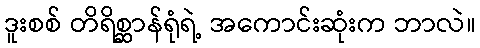
ဒူးစစ် တိရိစ္ဆာန်ရုံရဲ့ အကောင်းဆုံးက ဘာလဲ။